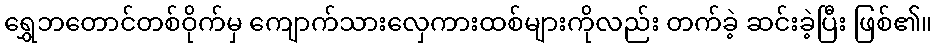
ရွှေဘတောင်တစ်ဝိုက်မှ ကျောက်သားလှေကားထစ်များကိုလည်း တက်ခဲ့ ဆင်းခဲ့ပြီး ဖြစ်၏။